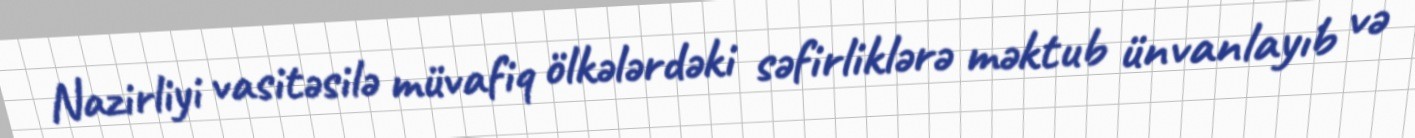
Nazirliyi vasitəsilə müvafiq ölkələrdəki səfirliklərə məktub ünvanlayıb və